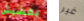
بقشيش غير